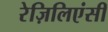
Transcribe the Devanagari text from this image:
रेज़िलिएंसी